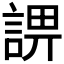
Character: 𧨬